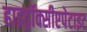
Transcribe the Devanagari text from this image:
हाइड्रॉक्सीएपेटाइट